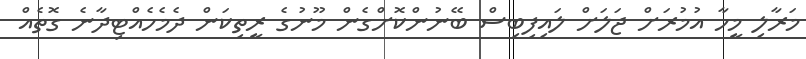
މަރާލި މީހާ އުމުރަށް ޖަލަށް ލައިފިބިސް ބޭނުންކޮށްގެން މޫނުގެ ރީތިކަން ދެމެހެއްޓިދާނެ ގޮތެއް